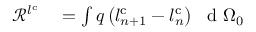
\begin{array} { r l } { \mathscr { R } ^ { l ^ { \mathrm { { c } } } } } & { { } = \int q \left( l _ { n + 1 } ^ { \mathrm { c } } - l _ { n } ^ { \mathrm { c } } \right) \ \mathrm { ~ d ~ } { \Omega _ { 0 } } } \end{array}